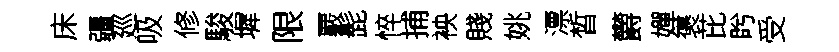
床疆廵吸修駿墀限覈髭悴捕䘧賤姚漂晳欝嬋褒芘盻受